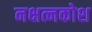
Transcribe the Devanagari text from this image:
नक्षत्नकोश